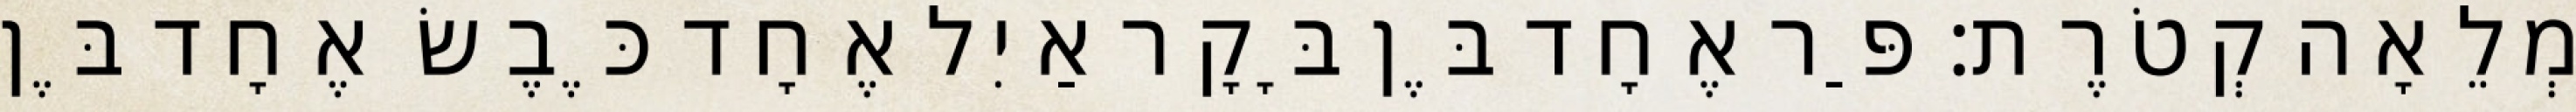
מְלֵאָה קְטֹרֶת׃ פַּר אֶחָד בֶּן בָּקָר אַיִל אֶחָד כֶּבֶשׂ אֶחָד בֶּן